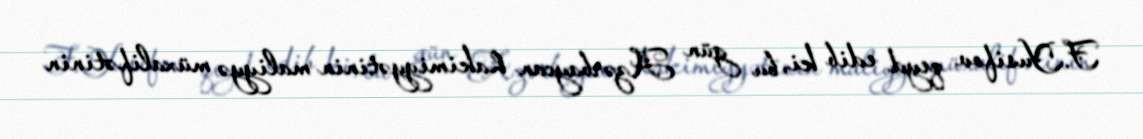
F.Yusifov qeyd edib ki, bu gün Azərbaycan hakimiyyətinin maliyyə müxalifətinin